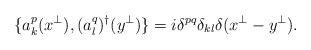
LaTeX: \begin{align*}\{a^p_k(x^\perp),(a^q_l)^\dagger(y^\perp)\}=i\delta^{pq}\delta_{kl} \delta(x^\perp-y^\perp).\end{align*}